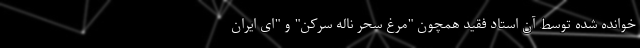
خوانده شده توسط آن استاد فقید همچون "مرغ سحر ناله سرکن" و "ای ایران